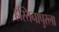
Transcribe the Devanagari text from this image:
हस्तिनापुरला